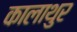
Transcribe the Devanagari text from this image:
कालाथुर